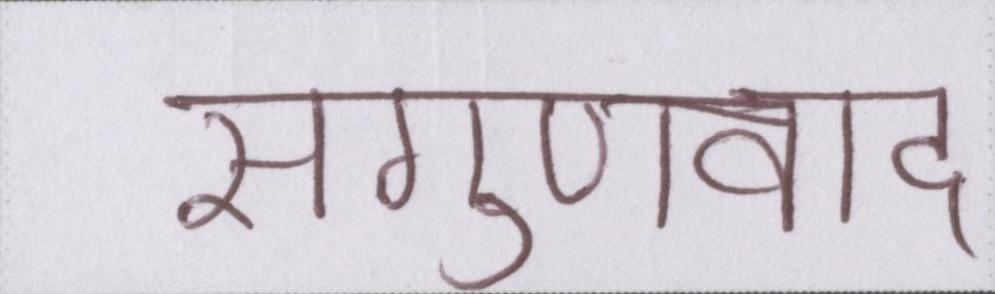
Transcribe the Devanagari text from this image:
सगुणवाद